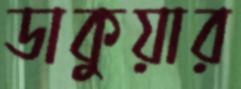
ডাকুয়ার